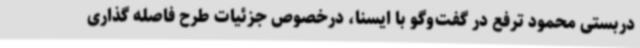
دربستی محمود ترفع در گفت‌وگو با ایسنا، درخصوص جزئیات طرح فاصله گذاری